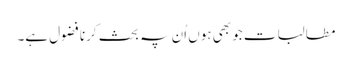
مطالبات جو بھی ہوں اُن پہ بحث کرنا فضول ہے۔